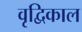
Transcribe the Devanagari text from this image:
वृद्विकाल